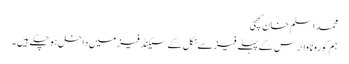
محمد اسلم خان کھچی
ہم کورونا وائرس کے پہلے فیز سے نکل کے سیکنڈ فیز میں داخل ہو چکے ہیں ۔